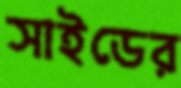
সাইডের